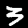
Label: 3